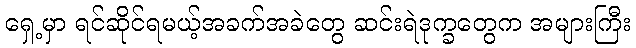
ရှေ့မှာ ရင်ဆိုင်ရမယ့်အခက်အခဲတွေ ဆင်းရဲဒုက္ခတွေက အများကြီး